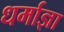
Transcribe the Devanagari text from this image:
धर्माज्ञा